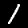
Digit: 1